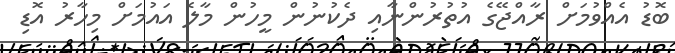
ބޮޑު އެއްވުމަށް ރާއްޖޭގެ އުތުރުންނާއި ދެކުނުން މީހުން މާލެ އައުމަށް މިހާރު އޮޑި